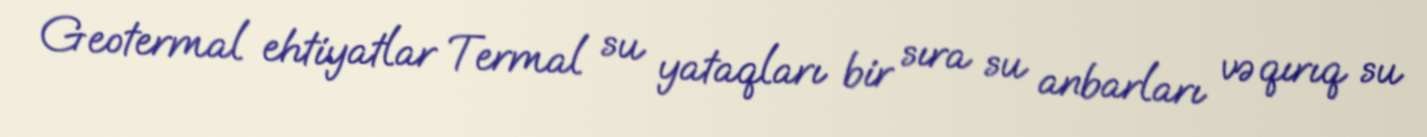
Geotermal ehtiyatlar Termal su yataqları bir sıra su anbarları və qırıq su